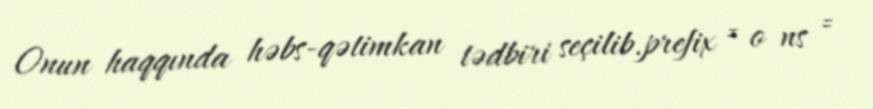
Onun haqqında həbs-qətimkan tədbiri seçilib.prefix = o ns =